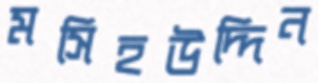
মসিহউদ্দিন